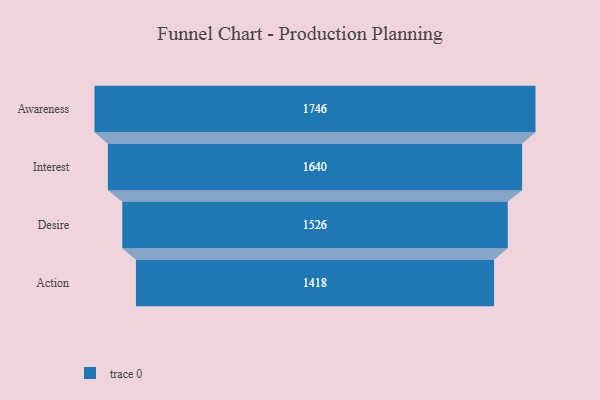
{"axis": {"x": "Stage", "y": "Value"}, "legend": [""], "data": [{"x": "Awareness", "y": 1746.0, "type": ""}, {"x": "Interest", "y": 1640.0, "type": ""}, {"x": "Desire", "y": 1526.0, "type": ""}, {"x": "Action", "y": 1418.0, "type": ""}]}